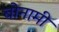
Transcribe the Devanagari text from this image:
बोनामी